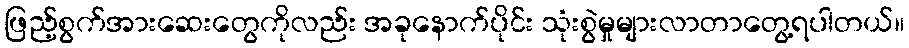
ဖြည့်စွက်အားဆေးတွေကိုလည်း အခုနောက်ပိုင်း သုံးစွဲမှုများလာတာတွေ့ရပါတယ်။